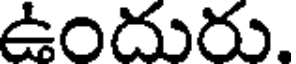
ఉందురు.